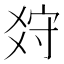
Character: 𤕠